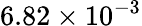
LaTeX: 6.82\times 10^{-3}